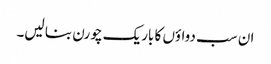
ان سب دواؤں کا باریک چورن بنا لیں۔